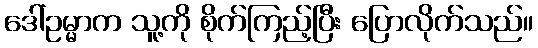
ဒေါ်ဥမ္မာက သူ့ကို စိုက်ကြည့်ပြီး ပြောလိုက်သည်။